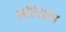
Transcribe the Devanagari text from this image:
अतिताम